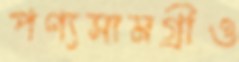
পণ্যসামগ্রীও